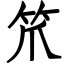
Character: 笊